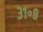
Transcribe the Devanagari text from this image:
३१॰८